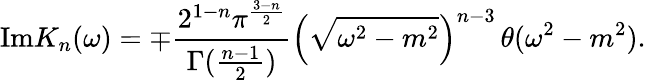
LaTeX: \mathrm{Im}K_{n}(\omega)=\mp\frac{2^{1-n}\pi^{\frac{3-n}{2}}}{\Gamma(\frac{n-1}{2})}\left(\sqrt{\omega^{2}-m^{2}}\right)^{n-3}\, \theta(\omega^{2}-m^{2}).